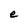
Character: e